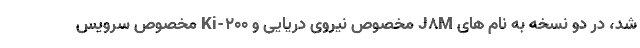
شد، در دو نسخه به نام های J8M مخصوص نیروی دریایی و Ki-200 مخصوص سرویس